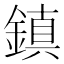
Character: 鎮